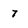
Character: 7